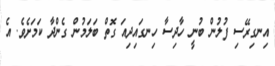
އިނގިރޭސި ފުލުން ބުނީ ހާދިސާ ހިނގައިދިއަ ގޮތް ބަލަމުން ގެންދާ ކަމަށެވެ. އެ